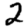
Digit: 2